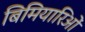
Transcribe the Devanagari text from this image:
बिमियारिओं